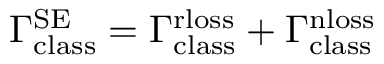
\Gamma _ { \mathrm { c l a s s } } ^ { \mathrm { S E } } = \Gamma _ { \mathrm { c l a s s } } ^ { \mathrm { r l o s s } } + \Gamma _ { \mathrm { c l a s s } } ^ { \mathrm { n l o s s } }